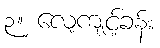
၃။ လေ့ကျင့်ခန်း